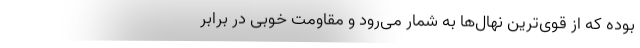
بوده که از قوی‌­ترین نهال­‌ها به شمار می­‌رود و مقاومت خوبی در برابر